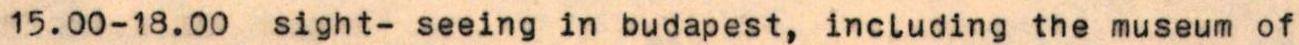
15.00-18.00 sight- seeing in budapest, including the museum of